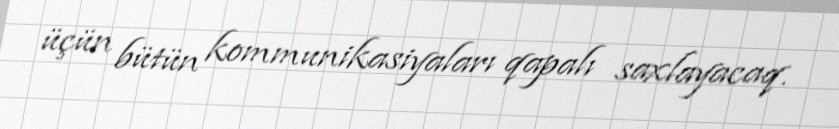
üçün bütün kommunikasiyaları qapalı saxlayacaq.